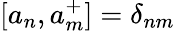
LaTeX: [a_{n},a_{m}^{+}]=\delta_{nm}